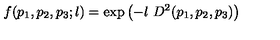
f ( p _ { 1 } , p _ { 2 } , p _ { 3 } ; l ) = \mathrm { e x p } \left( - l \ D ^ { 2 } ( p _ { 1 } , p _ { 2 } , p _ { 3 } ) \right)